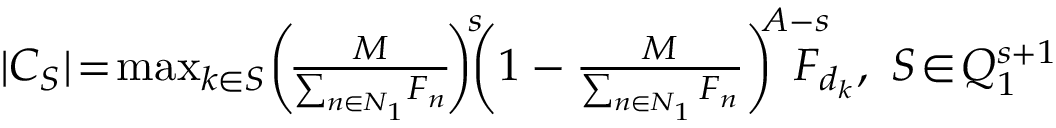
\begin{array} { r l } & { | { \cal C } _ { \cal S } | \! = \! \operatorname* { m a x } _ { k \in { \cal S } } \! \bigg ( \! \frac { M } { \sum _ { n \in { \cal N } _ { 1 } } \! F _ { n } } \! \bigg ) ^ { \! s } \! \! \bigg ( 1 - \frac { M } { \sum _ { n \in { \cal N } _ { 1 } } F _ { n } } \bigg ) ^ { \! \! A - s } \! \! \! \! \! F _ { d _ { k } } , \ { \cal S } \! \in \! { \cal Q } _ { 1 } ^ { s + 1 } } \end{array}